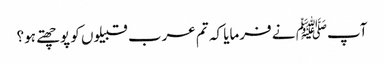
آپﷺ نے فرمایا کہ تم عرب قبیلوں کو پوچھتے ہو؟